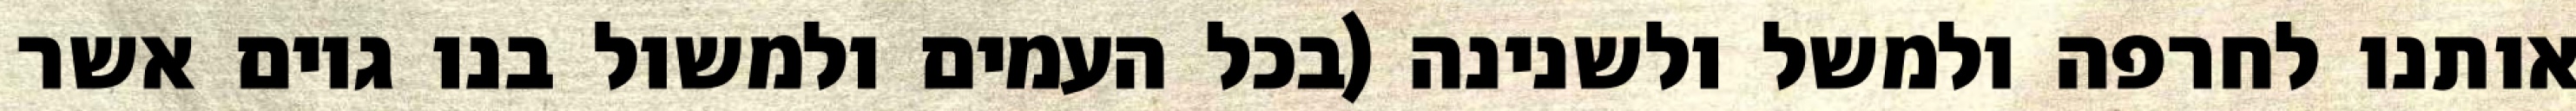
אותנו לחרפה ולמשל ולשנינה (בכל העמים ולמשול בנו גוים אשר